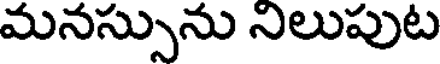
మనస్సును నిలుపుట